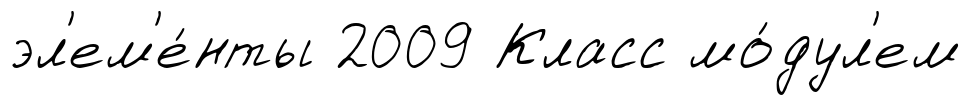
эл'ем'е́нты 2009 Класс мо́дул'ем